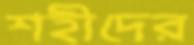
শহীদের